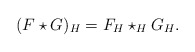
\begin{align*} (F \star G)_H = F_H \star_H G_H.\end{align*}